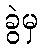
ခွဲမှ